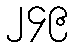
၂၄၉